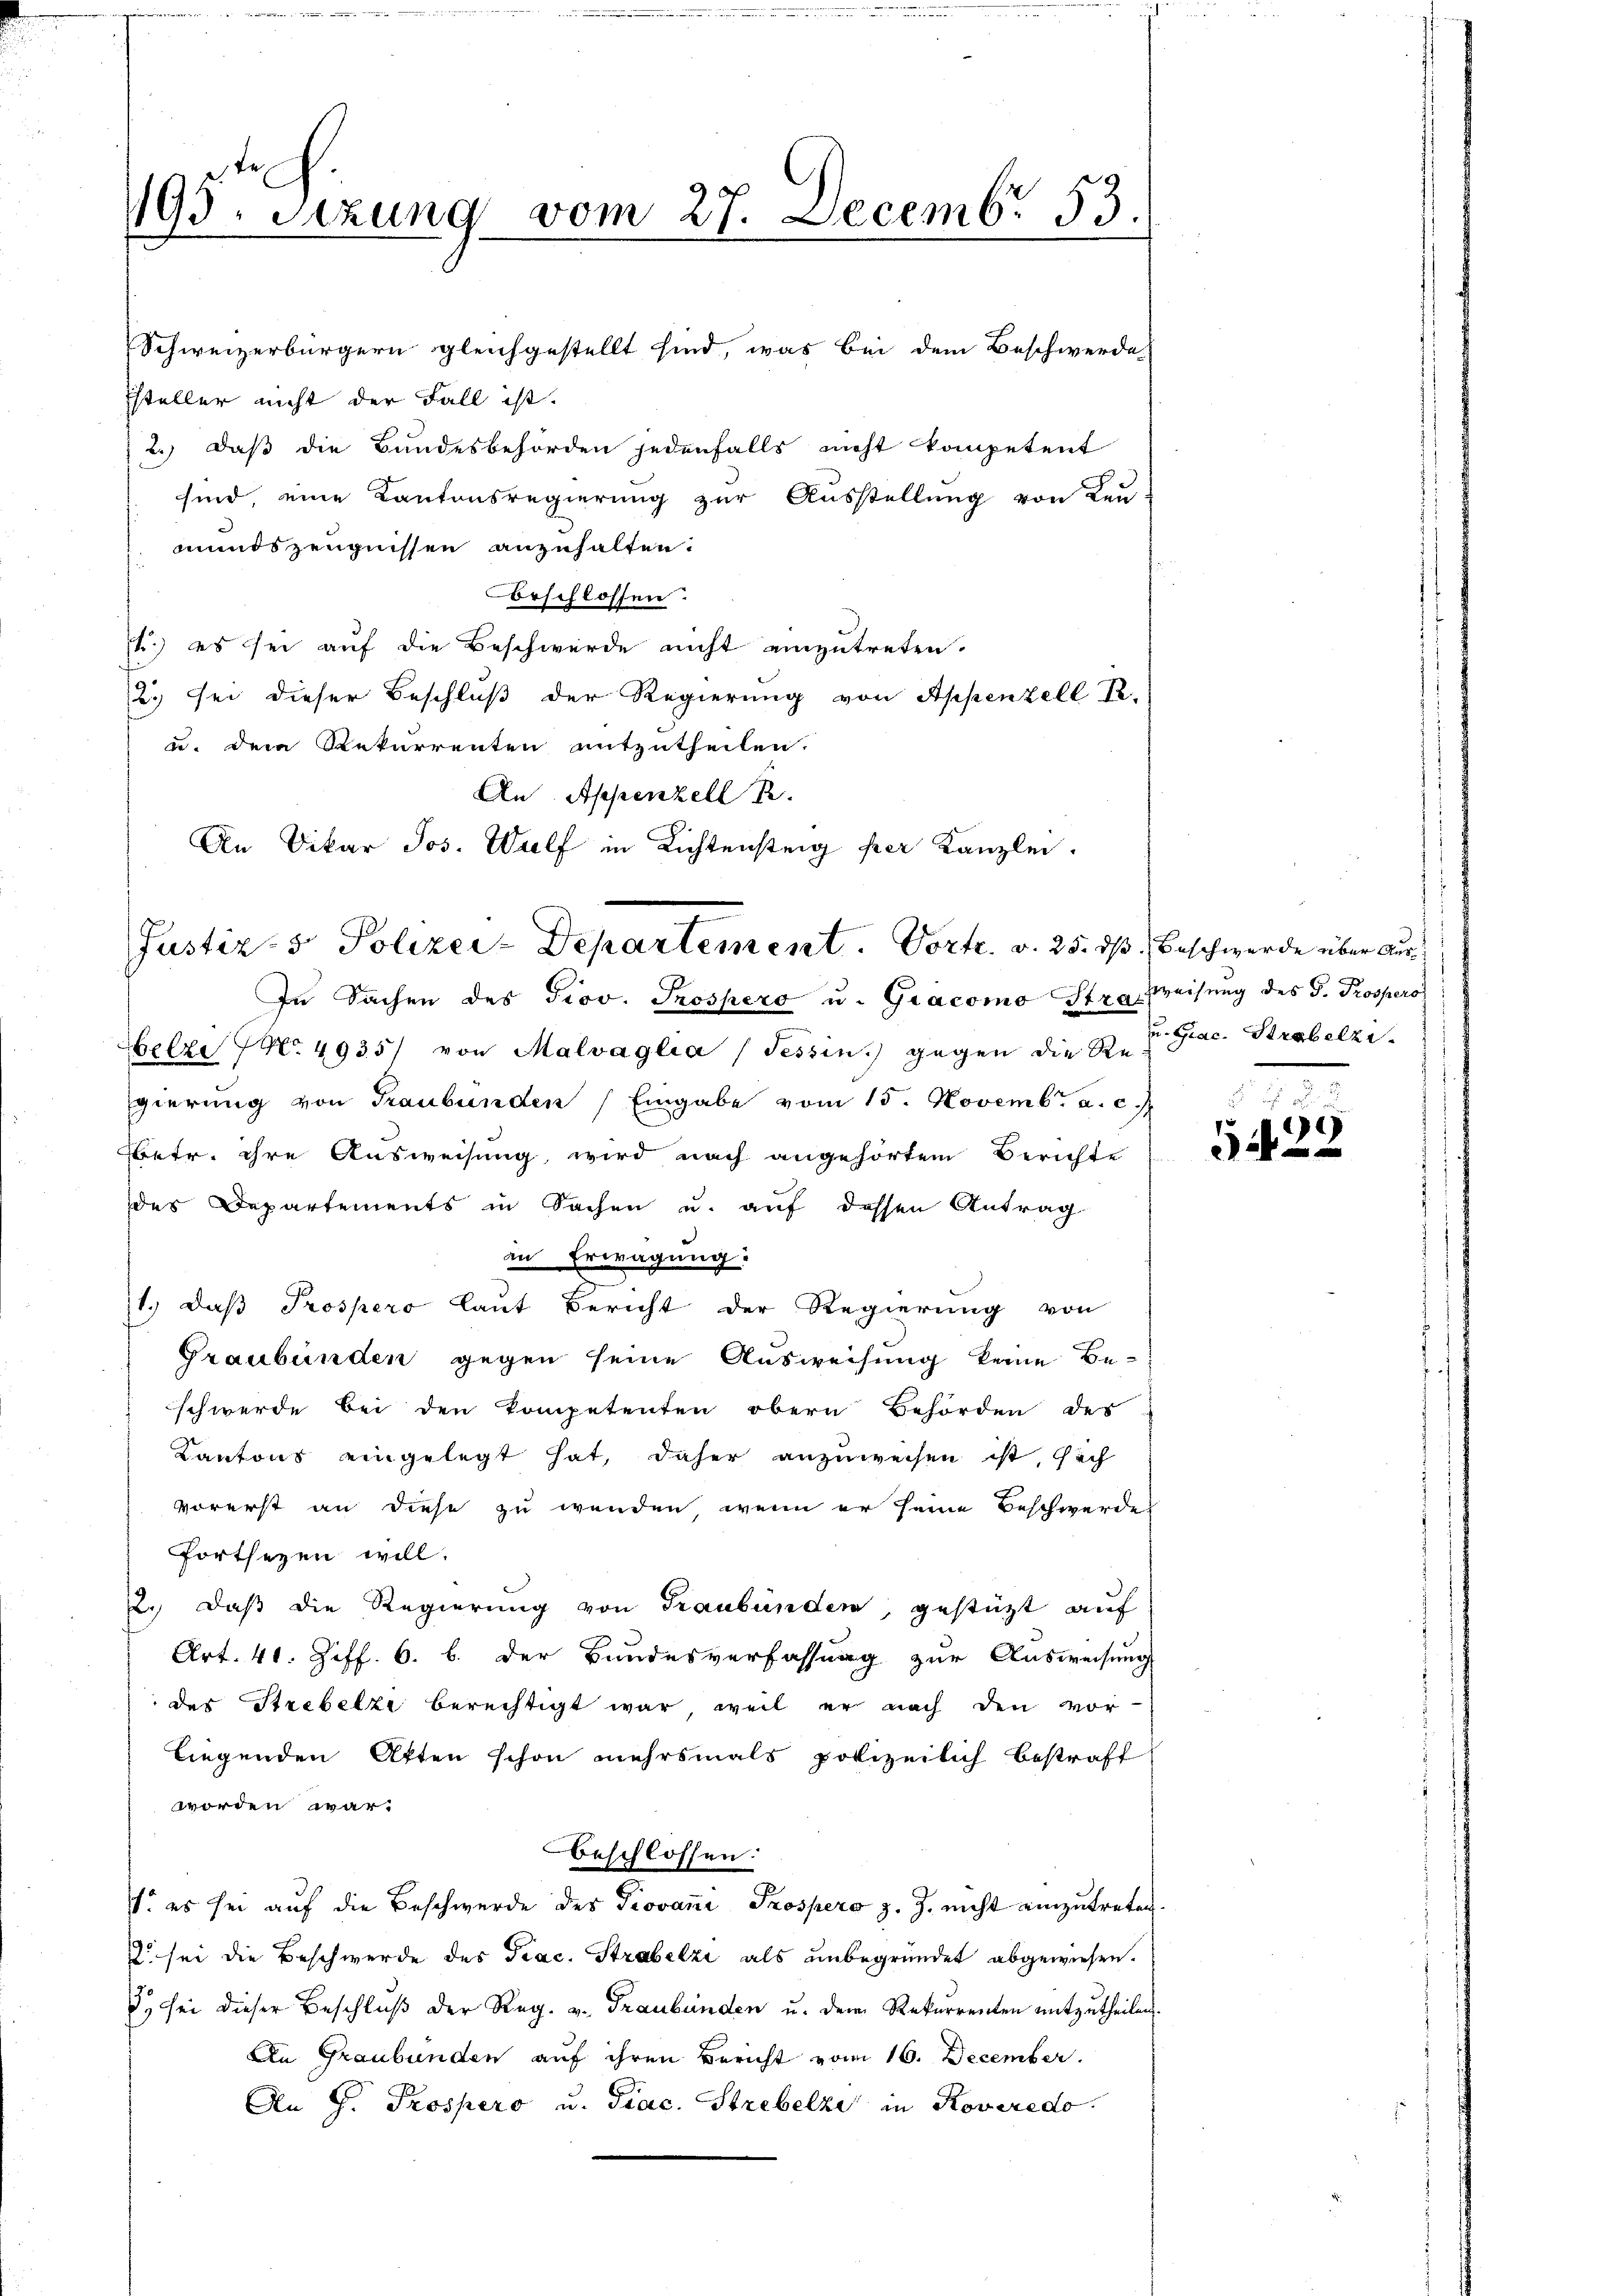
195. Sizung vom 27. Decemb. 83.

Schweizerbürgern gleichgestellt sind, was bei dem Beschwerde
Steller nicht der Fall ist.
2.) daß die Bundesbehörden jedenfalls nicht kompetent
sind, eine Kantonsregierung zur Ausstellung von Leu-
mundszeugnissen anzuhalten.
orschlossen.
s.) es sei auf die Beschwerde nicht einzutreten.
2.) sei dieser Beschluß der Regierung von Appenzell R.
u. dem Rekurrenten mitzutheilen.
In Sachen des Prov. Trospero u. Giacomo Stra Preisung des J. Prospero
Gelze No. 4935/ von Malvaglia (Tessin.) gegen die Regierung von Graubünden Eingabe vom 15. Novemb. a. c.
Betr. ihre Ausweisung wird nach angehörtem Berichte
des Departements in Sachen u. auf dessen Antrag
in Erwägung:
1.) Daß Prospero laut Bericht der Regierung von
Graubünden gegen seine Ausweisung keine Be-
schwerde bei den Kompetenten obern Behörden des
Kantons eingelegt hat, daher anzuweisen ist, sich
vorerst an diese zu wenden, wenn er seine Beschwerdes
fortsezen will.
2.) Daß die Regierung von Graubünden, gestüzt auf
Art. 41. Ziff. 6. b. der Bundesverfassung zur Ausweisung
der Strebelzi berechtigt war, weil er nach den vor-
liegenden Atten schon mehrsmals polizeilich bestraft
worden war.
beschlossen:
. es sei auf die Beschwerde des Giovani Prospers z. Z. nicht einzutreten
Z. sei die Beschwerde des Prac. Strabelzi als unbegründet abgewiesen.
E. sei dieser Beschluß der Reg. v. Graubünden u. dem Rekurrenten mitzutheilen
An Graubünden auf ihren Bericht vom 16. December.
An J. Prospero u. Giac. Strebelzi in Roveredo

An Appenzell R.
An Vikar Jos. Walf in Richtensteig per Kanzlei.
Justiz- & Polizei-Departement. Vortr. v. 25. dß. Beschwerde über Aus¬

u. Giac. Strobelzi

5
0/
20 x